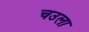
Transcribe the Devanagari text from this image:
चउला